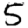
Digit: 5